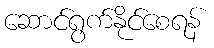
ဆောင်ရွက်နိုင်စေရန်